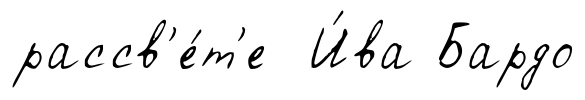
рассв'е́т'е И́ва Бардо